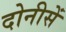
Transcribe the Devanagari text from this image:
दोनीसें